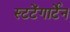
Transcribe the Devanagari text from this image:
स्टटेंगार्टेन